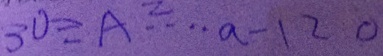
3 0 \div A ^ { 2 } \cdots a - 1 2 0